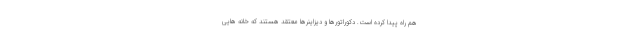
هم راه پیدا کرده است. دکوراتورها و دیزاینرها معتقد هستند که خانه هایی